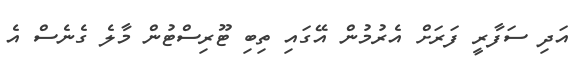
އަދި ސަފާރީ ފަރަށް އެރުމުން އޭގައި ތިބި ޓޫރިސްޓުން މާލެ ގެނެސް އެ